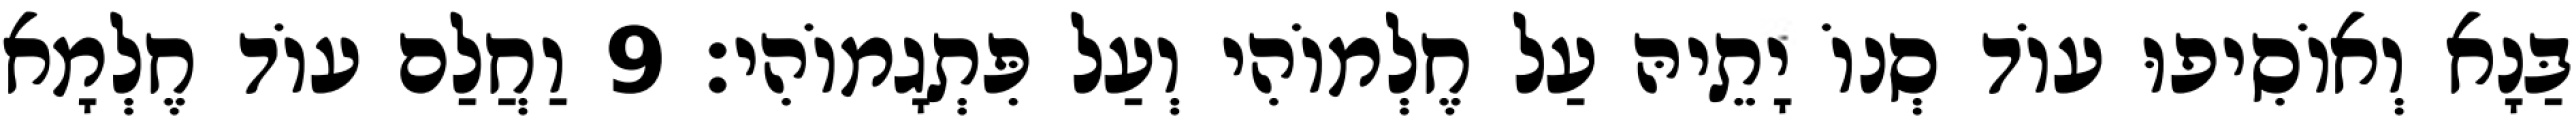
בַּנָא וְאוֹסִיפוּ עוֹד סְנוֹ יָתֵיהּ עַל חֶלְמוֹהִי וְעַל פִּתְגָמוֹהִי׃ 9 וַחֲלַם עוֹד חֶלְמָא